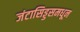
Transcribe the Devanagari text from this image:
जंटासिड्डसमधून